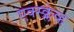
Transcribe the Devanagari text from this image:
एक्स्क्लेव्ह